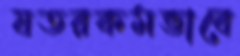
যতরকমভাবে